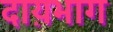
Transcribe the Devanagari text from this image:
दाय़भाग